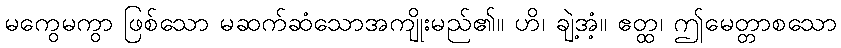
မကွေမကွာ ဖြစ်သော မဆက်ဆံသောအကျိုးမည်၏။ ဟိ၊ ချဲ့အံ့။ ဧတ္ထ၊ ဤမေတ္တာစသော